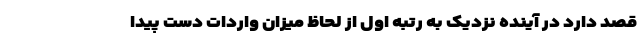
قصد دارد در آینده نزدیک به رتبه اول از لحاظ میزان واردات دست پیدا